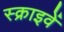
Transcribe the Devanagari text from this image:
स्क्राइवें